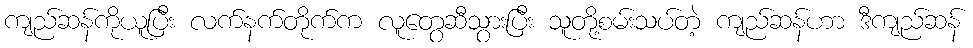
ကျည်ဆန်ကိုယူပြီး လက်နက်တိုက်က လူတွေဆီသွားပြီး သူတို့စမ်းသပ်တဲ့ ကျည်ဆန်ဟာ ဒီကျည်ဆန်